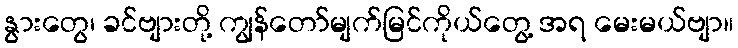
နွားတွေ၊ ခင်ဗျားတို့ ကျွန်တော်မျက်မြင်ကိုယ်တွေ့ အရ မေးမယ်ဗျာ။